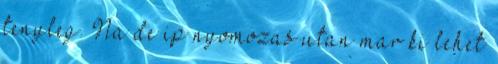
tenyleg. Na de ip nyomozas utan mar ki lehet